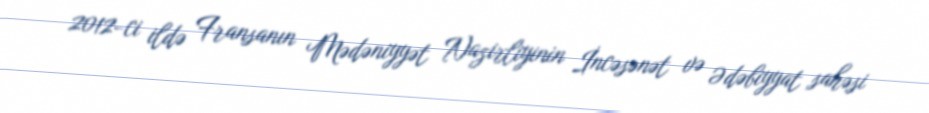
2012-ci ildə Fransanın Mədəniyyət Nazirliyinin İncəsənət və Ədəbiyyat sahəsi